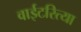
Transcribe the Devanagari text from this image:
वाईटरित्या